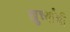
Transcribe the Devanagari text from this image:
खुर्च्यांची